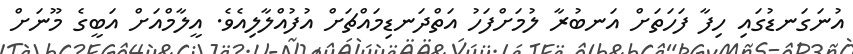
އުނަގަނޑުގައި ހިފާ ފަހަތަށް އަނބުރާ ލުމަށްފަހު އަތްދަނޑިމައްޗަށް އުފުއްލާލިއެވެ. އީލާމްއަށް އަބީގެ މޫނަށް